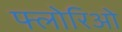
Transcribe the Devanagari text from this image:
फ्लोरिओ